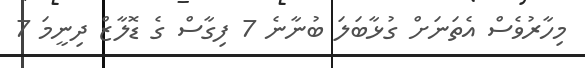
މިހާރުވެސް އެތަނަށް ގުޅާބަލަ ބުނާނެ 7 ފިގާސް ގެ ޑޮލާޒް ދިނީމަ 7